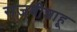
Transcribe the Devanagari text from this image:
राजश्रीशाहू